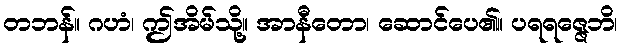
တဘန်။ ဂဟံ၊ ဤအိမ်သို့။ အာနီတော၊ ဆောင်ပေ၏။ ပရရဇ္ဇေဘိ၊